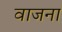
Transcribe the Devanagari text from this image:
वाजना